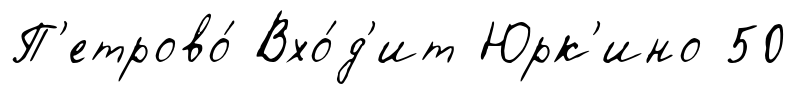
П'етрово́ Вхо́д'ит Юрк'ино 50